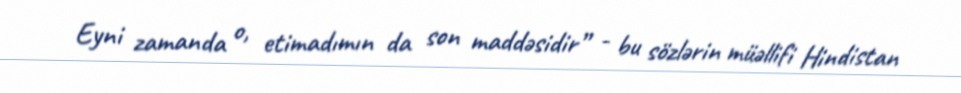
Eyni zamanda o, etimadımın da son maddəsidir” - bu sözlərin müəllifi Hindistan